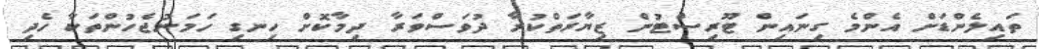
ތައިލެންޑަށް އެންމެ ގިނައިން ޓޫރިސްޓުން ޒިޔާރަތްކުރާ ދުވަސްވަރާ ދިމާކޮށް ހިނގި ހަމަނުޖެހުންތަކާ ހެދި